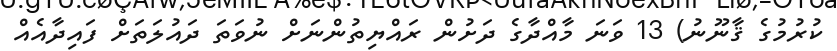
ކުރުމުގެ ޤާނޫނު) 13 ވަނަ މާއްދާގެ ދަށުން ރައްޔިތުންނަށް ނުވަތަ ދައުލަތަށް ފައިދާއެއް